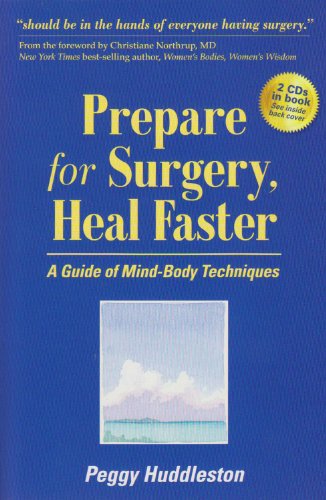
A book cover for Prepare for Surgery, Heal Faster with Relaxation and Quick Start CD: A Guide of Mind-Body Techniques; Peggy Huddleston; Health, Fitness & Dieting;